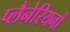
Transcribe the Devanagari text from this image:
प्लैनेरियनों